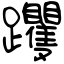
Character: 躩